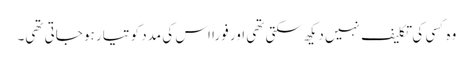
وہ کسی کی تکلیف نہیں دیکھ سکتی تھی اور فوراََ اس کی مدد کو تیار ہو جاتی تھی۔